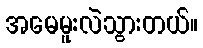
အမေမူးလဲသွားတယ်။